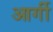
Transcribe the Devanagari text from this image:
आर्गी